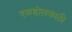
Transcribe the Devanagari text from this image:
एकडोलकाठी